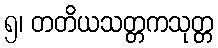
၅၊ တတိယသတ္တကသုတ္တ